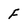
Character: f